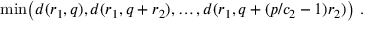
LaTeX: \mathrm { m i n } \big ( d ( r _ { 1 } , q ) , d ( r _ { 1 } , q + r _ { 2 } ) , \ldots , d ( r _ { 1 } , q + ( p / c _ { 2 } - 1 ) r _ { 2 } ) \big ) \ .